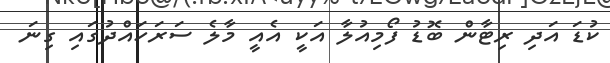
ކުޑަ އަދި ރިޓާން ބޮޑު ފޯމިއުލާ އަކީ އެއީ މާލެ ސަރަހައްދުގައި ގިނަ